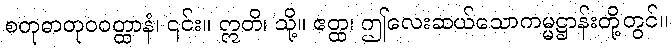
စတုဓာတုဝဝတ္ထာနံ၊ ၎င်း။ ဣတိ၊ သို့။ ဧတ္ထ၊ ဤလေးဆယ်သောကမ္မဋ္ဌာန်းတို့တွင်။